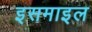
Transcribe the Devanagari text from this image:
इसमाइल